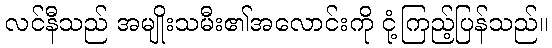
လင်နီသည် အမျိုးသမီး၏အလောင်းကို ငုံ့ကြည့်ပြန်သည်။